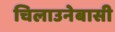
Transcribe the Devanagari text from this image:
चिलाउनेबासी